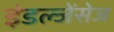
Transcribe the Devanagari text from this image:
इंडल्जेंसेज